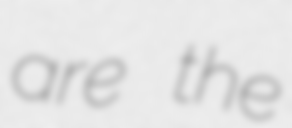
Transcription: are the